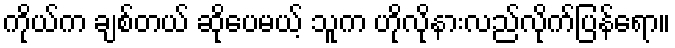
ကိုယ်က ချစ်တယ် ဆိုပေမယ့် သူက ဟိုလိုနားလည်လိုက်ပြန်ရော။